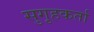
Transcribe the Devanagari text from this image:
सुगृहकर्ता